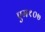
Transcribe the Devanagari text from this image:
एम१०७